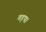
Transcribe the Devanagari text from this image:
तड़प।